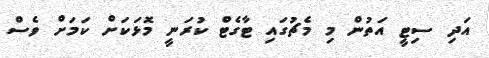
އަދި ސިޓީ އަތުން މި މެޗުގައި ޓާގެޓް ކުރަނީ މޮޅަކަށް ކަމަށް ވެސް